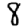
Digit: 8